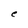
Character: e